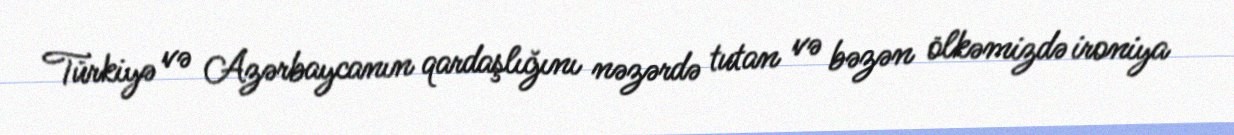
Türkiyə və Azərbaycanın qardaşlığını nəzərdə tutan və bəzən ölkəmizdə ironiya